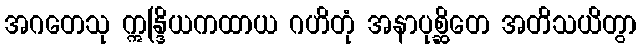
အဂတေသု ဣန္ဒြိယကထာယ ဂဟိတုံ အနာပုစ္ဆိတေ အတိသယိတွာ